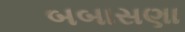
બબાસણા